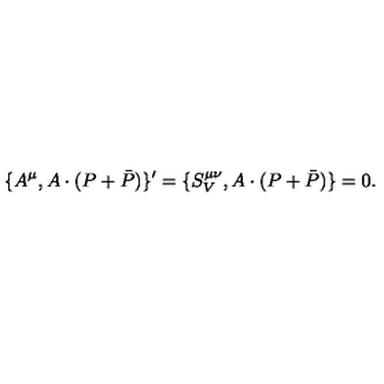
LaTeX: \{ A ^ { \mu } , A \cdot ( P + \bar { P } ) \} ^ { \prime } = \{ S _ { V } ^ { \mu \nu } , A \cdot ( P + \bar { P } ) \} = 0 .